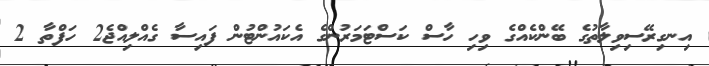
އިނގިރޭސިވިލާތުގެ ބޭންކެއްގެ ވިހި ހާސް ކަސްޓަމަރުންގެ އެކައުންޓުން ފައިސާ ގެއްލިއްޖެ2 ހަފްތާ 2